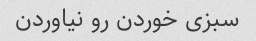
سبزى خوردن رو نیاوردن